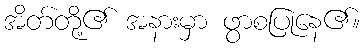
အိတ်တို့၏ အနားမှာ ဖွာစပြုနေ၏။